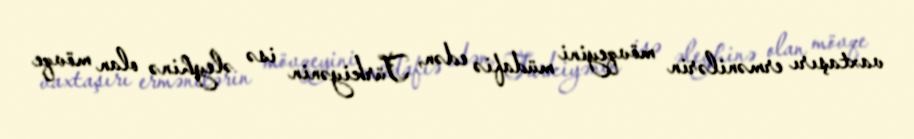
vaxtaşırı ermənilərin mövqeyini müdafiə edən, Türkiyənin isə əleyhinə olan mövqe